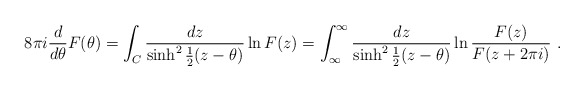
\begin{align*}8\pi i \frac{d}{d\theta} F(\theta ) =\int_C \frac{dz}{\sinh^2 {\frac{1}{2} (z - \theta)}} \ln F(z)=\int^\infty_\infty \frac{dz}{\sinh^2 {\frac{1}{2} (z - \theta)}}\ln {\frac{F(z)}{F(z+2\pi i)}} \ .\end{align*}